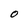
Character: O